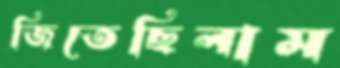
জিতেছিলাম